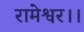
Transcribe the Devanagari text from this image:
रामेश्वर।।